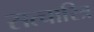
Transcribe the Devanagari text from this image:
सत्चारित्र